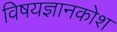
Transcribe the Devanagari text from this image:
विषयज्ञानकोश